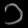
Digit: ၁